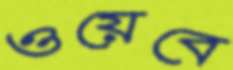
ওয়েবে